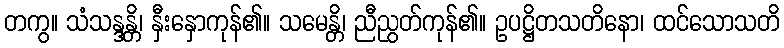
တကွ။ သံသန္ဒန္တိ၊ နှီးနှောကုန်၏။ သမေန္တိ၊ ညီညွတ်ကုန်၏။ ဥပဋ္ဌိတသတိနော၊ ထင်သောသတိ